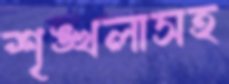
শৃঙ্খলাসহ